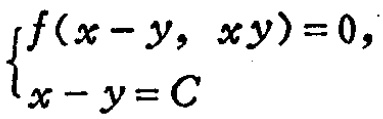
$\begin{cases}f(x - y, xy)=0,\\x - y = C\end{cases}$